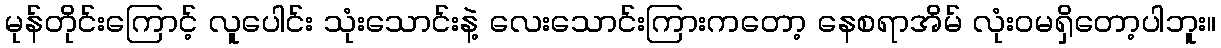
မုန်တိုင်းကြောင့် လူပေါင်း သုံးသောင်းနဲ့ လေးသောင်းကြားကတော့ နေစရာအိမ် လုံးဝမရှိတော့ပါဘူး။